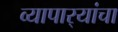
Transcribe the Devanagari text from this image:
व्यापार्‍यांचा